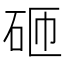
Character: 砸